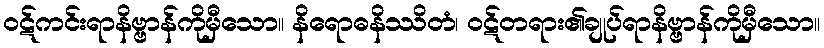
ဝဋ်ကင်းရာနိဗ္ဗာန်ကိုမှီသော။ နိရောဓနိဿိတံ၊ ဝဋ်တရား၏ချုပ်ရာနိဗ္ဗာန်ကိုမှီသော။